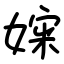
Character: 㛽